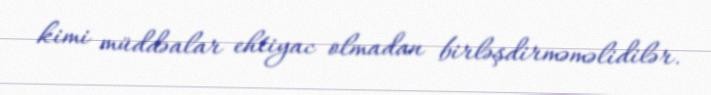
kimi müddəalar ehtiyac olmadan birləşdirməməlidilər.